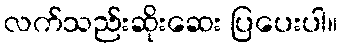
လက်သည်းဆိုးဆေး ပြပေးပါ။